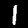
Label: 1